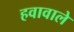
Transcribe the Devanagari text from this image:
हवावाले